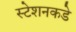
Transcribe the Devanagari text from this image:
स्टेशनकडे